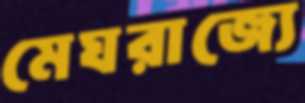
মেঘরাজ্যে